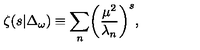
\zeta ( s \vert \Delta _ { \omega } ) \equiv \sum _ { n } \biggl ( { \frac { \mu ^ { 2 } } { \lambda _ { n } } } \biggr ) ^ { s } ,